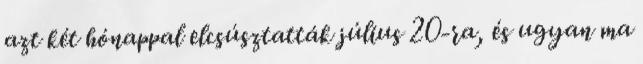
azt két hónappal elcsúsztatták július 20-ra, és ugyan ma